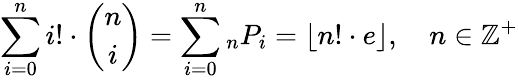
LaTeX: \sum_{i=0}^{n}i!\cdot{\binom{n}{i}}=\sum_{i=0}^{n}{}_{n}P_{i}=\lfloor n!\cdot e\rfloor,\quad n\in\mathbb{Z}^{+}